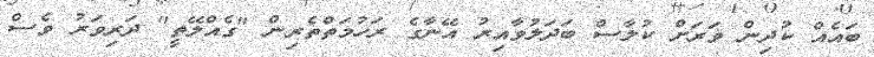
ބައެއް ކުދިން ވަރަށް ކުލާސް ބަދަލުވާއިރު އޭނާގެ ރަހުމަތްތެރިން "ގެއްލޭތީ" ދަރިވަރު ވެސް